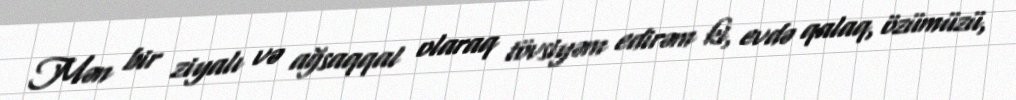
Mən bir ziyalı və ağsaqqal olaraq tövsiyəm edirəm ki, evdə qalaq, özümüzü,